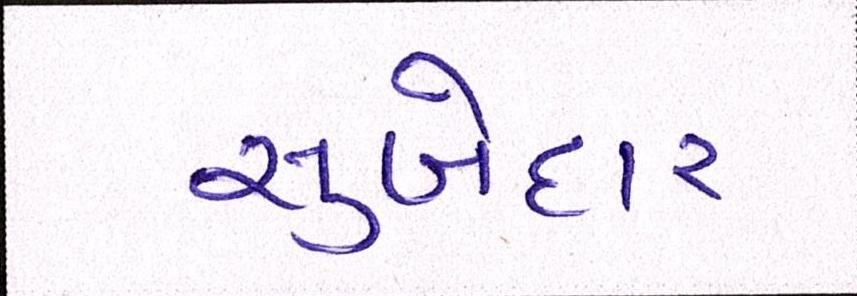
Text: સુબેદાર